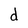
Character: d